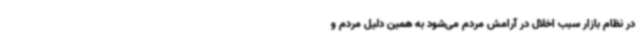
در نظام بازار سبب اخلال در آرامش مردم می‌شود به همین دلیل مردم و